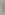
1